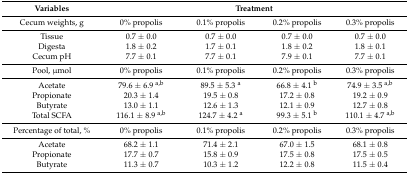
| Variables | <COLSPAN=4> Treatment |
 | --- | --- | --- | --- | --- |
 | Cecum weights, g | 0% propolis | 0.1% propolis | 0.2% propolis | 0.3% propolis |
 | Tissue | 0.7 ± 0.0 | 0.7 ± 0.0 | 0.7 ± 0.0 | 0.7 ± 0.0 |
 | Digesta | 1.8 ± 0.2 | 1.7 ± 0.1 | 1.8 ± 0.2 | 1.8 ± 0.1 |
 | Cecum pH | 7.7 ± 0.1 | 7.7 ± 0.1 | 7.9 ± 0.1 | 7.7 ± 0.1 |
 | Pool, μmol | 0% propolis | 0.1% propolis | 0.2% propolis | 0.3% propolis |
 | Acetate | 79.6 ± 6.9 a,b | 89.5 ± 5.3 a | 66.8 ± 4.1 b | 74.9 ± 3.5 a,b |
 | Propionate | 20.3 ± 1.4 | 19.5 ± 0.8 | 17.2 ± 0.8 | 19.2 ± 0.9 |
 | Butyrate | 13.0 ± 1.1 | 12.6 ± 1.3 | 12.1 ± 0.9 | 12.7 ± 0.8 |
 | Total SCFA | 116.1 ± 8.9 a,b | 124.7 ± 4.2 a | 99.3 ± 5.1 b | 110.1 ± 4.7 a,b |
 | Percentage of total, % | 0% propolis | 0.1% propolis | 0.2% propolis | 0.3% propolis |
 | Acetate | 68.2 ± 1.1 | 71.4 ± 2.1 | 67.0 ± 1.5 | 68.1 ± 0.8 |
 | Propionate | 17.7 ± 0.7 | 15.8 ± 0.9 | 17.5 ± 0.8 | 17.5 ± 0.5 |
 | Butyrate | 11.3 ± 0.7 | 10.3 ± 1.2 | 12.2 ± 0.8 | 11.5 ± 0.4 |